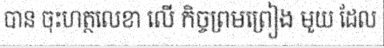
បាន ចុះហត្ថលេខា លើ កិច្ចព្រមព្រៀង មួយ ដែល